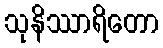
သုနိဿာရိတော